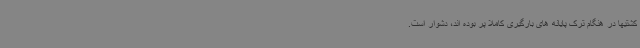
کشتیها در هنگام ترک پایانه های بارگیری کاملا پر بوده اند، دشوار است.